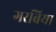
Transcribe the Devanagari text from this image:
गरबिया